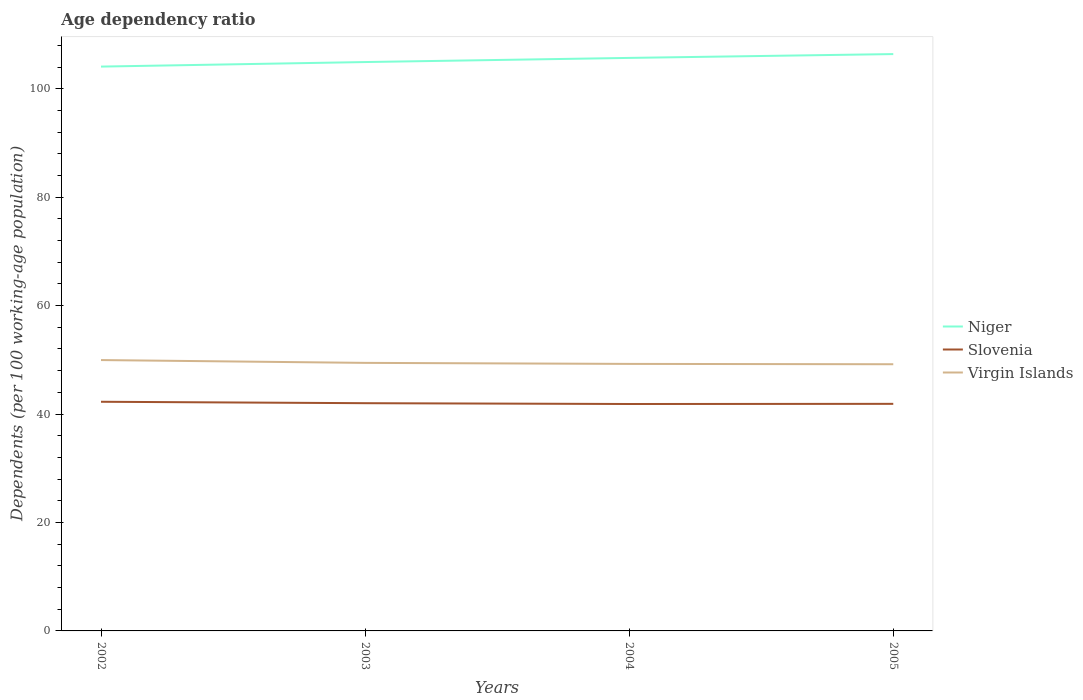
| Years | Niger | Slovenia | Virgin Islands |
 | --- | --- | --- | --- |
 | 2002 | 104 | 42.3 | 50 |
 | 2003 | 105 | 42 | 49.4 |
 | 2004 | 106 | 41.9 | 49.2 |
 | 2005 | 106 | 41.9 | 49.2 |